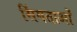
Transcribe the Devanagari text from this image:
सिंगताओं